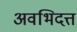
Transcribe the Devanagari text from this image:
अवभिदत्त